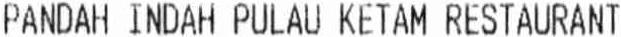
PANDAH INDAH PULAU KETAM RESTAURANT